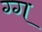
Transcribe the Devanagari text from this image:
ग्ग